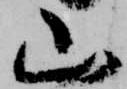
山